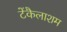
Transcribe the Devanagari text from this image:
टेंकैलाशम